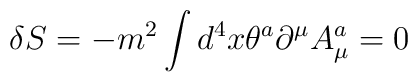
\delta S=-m^2\int d^4x\theta^a\partial^{\mu}A^a_{\mu}=0